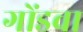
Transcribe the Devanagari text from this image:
गोंडवा